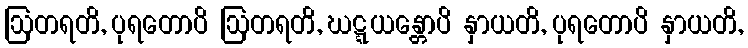
ဩတရတိ, ပုရတောပိ ဩတရတိ, ဃဋ္ဋယန္တောပိ နှာယတိ, ပုရတောပိ နှာယတိ,